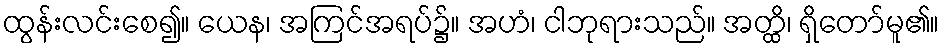
ထွန်းလင်းစေ၍။ ယေန၊ အကြင်အရပ်၌။ အဟံ၊ ငါဘုရားသည်။ အတ္ထိ၊ ရှိတော်မူ၏။